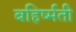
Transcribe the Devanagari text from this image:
बहिर्ष्मती